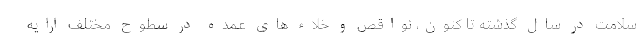
سلامت در سال گذشته تا کنون، نواقص و خلاء های عمده در سطوح مختلف ارایه